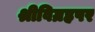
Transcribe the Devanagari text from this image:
श्रीविग्रहपर